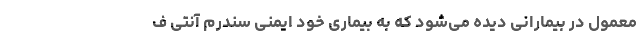
معمول در بیمارانی دیده می‌شود که به بیماری خود ایمنی سندرم آنتی ف